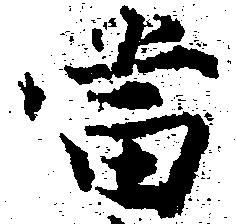
当